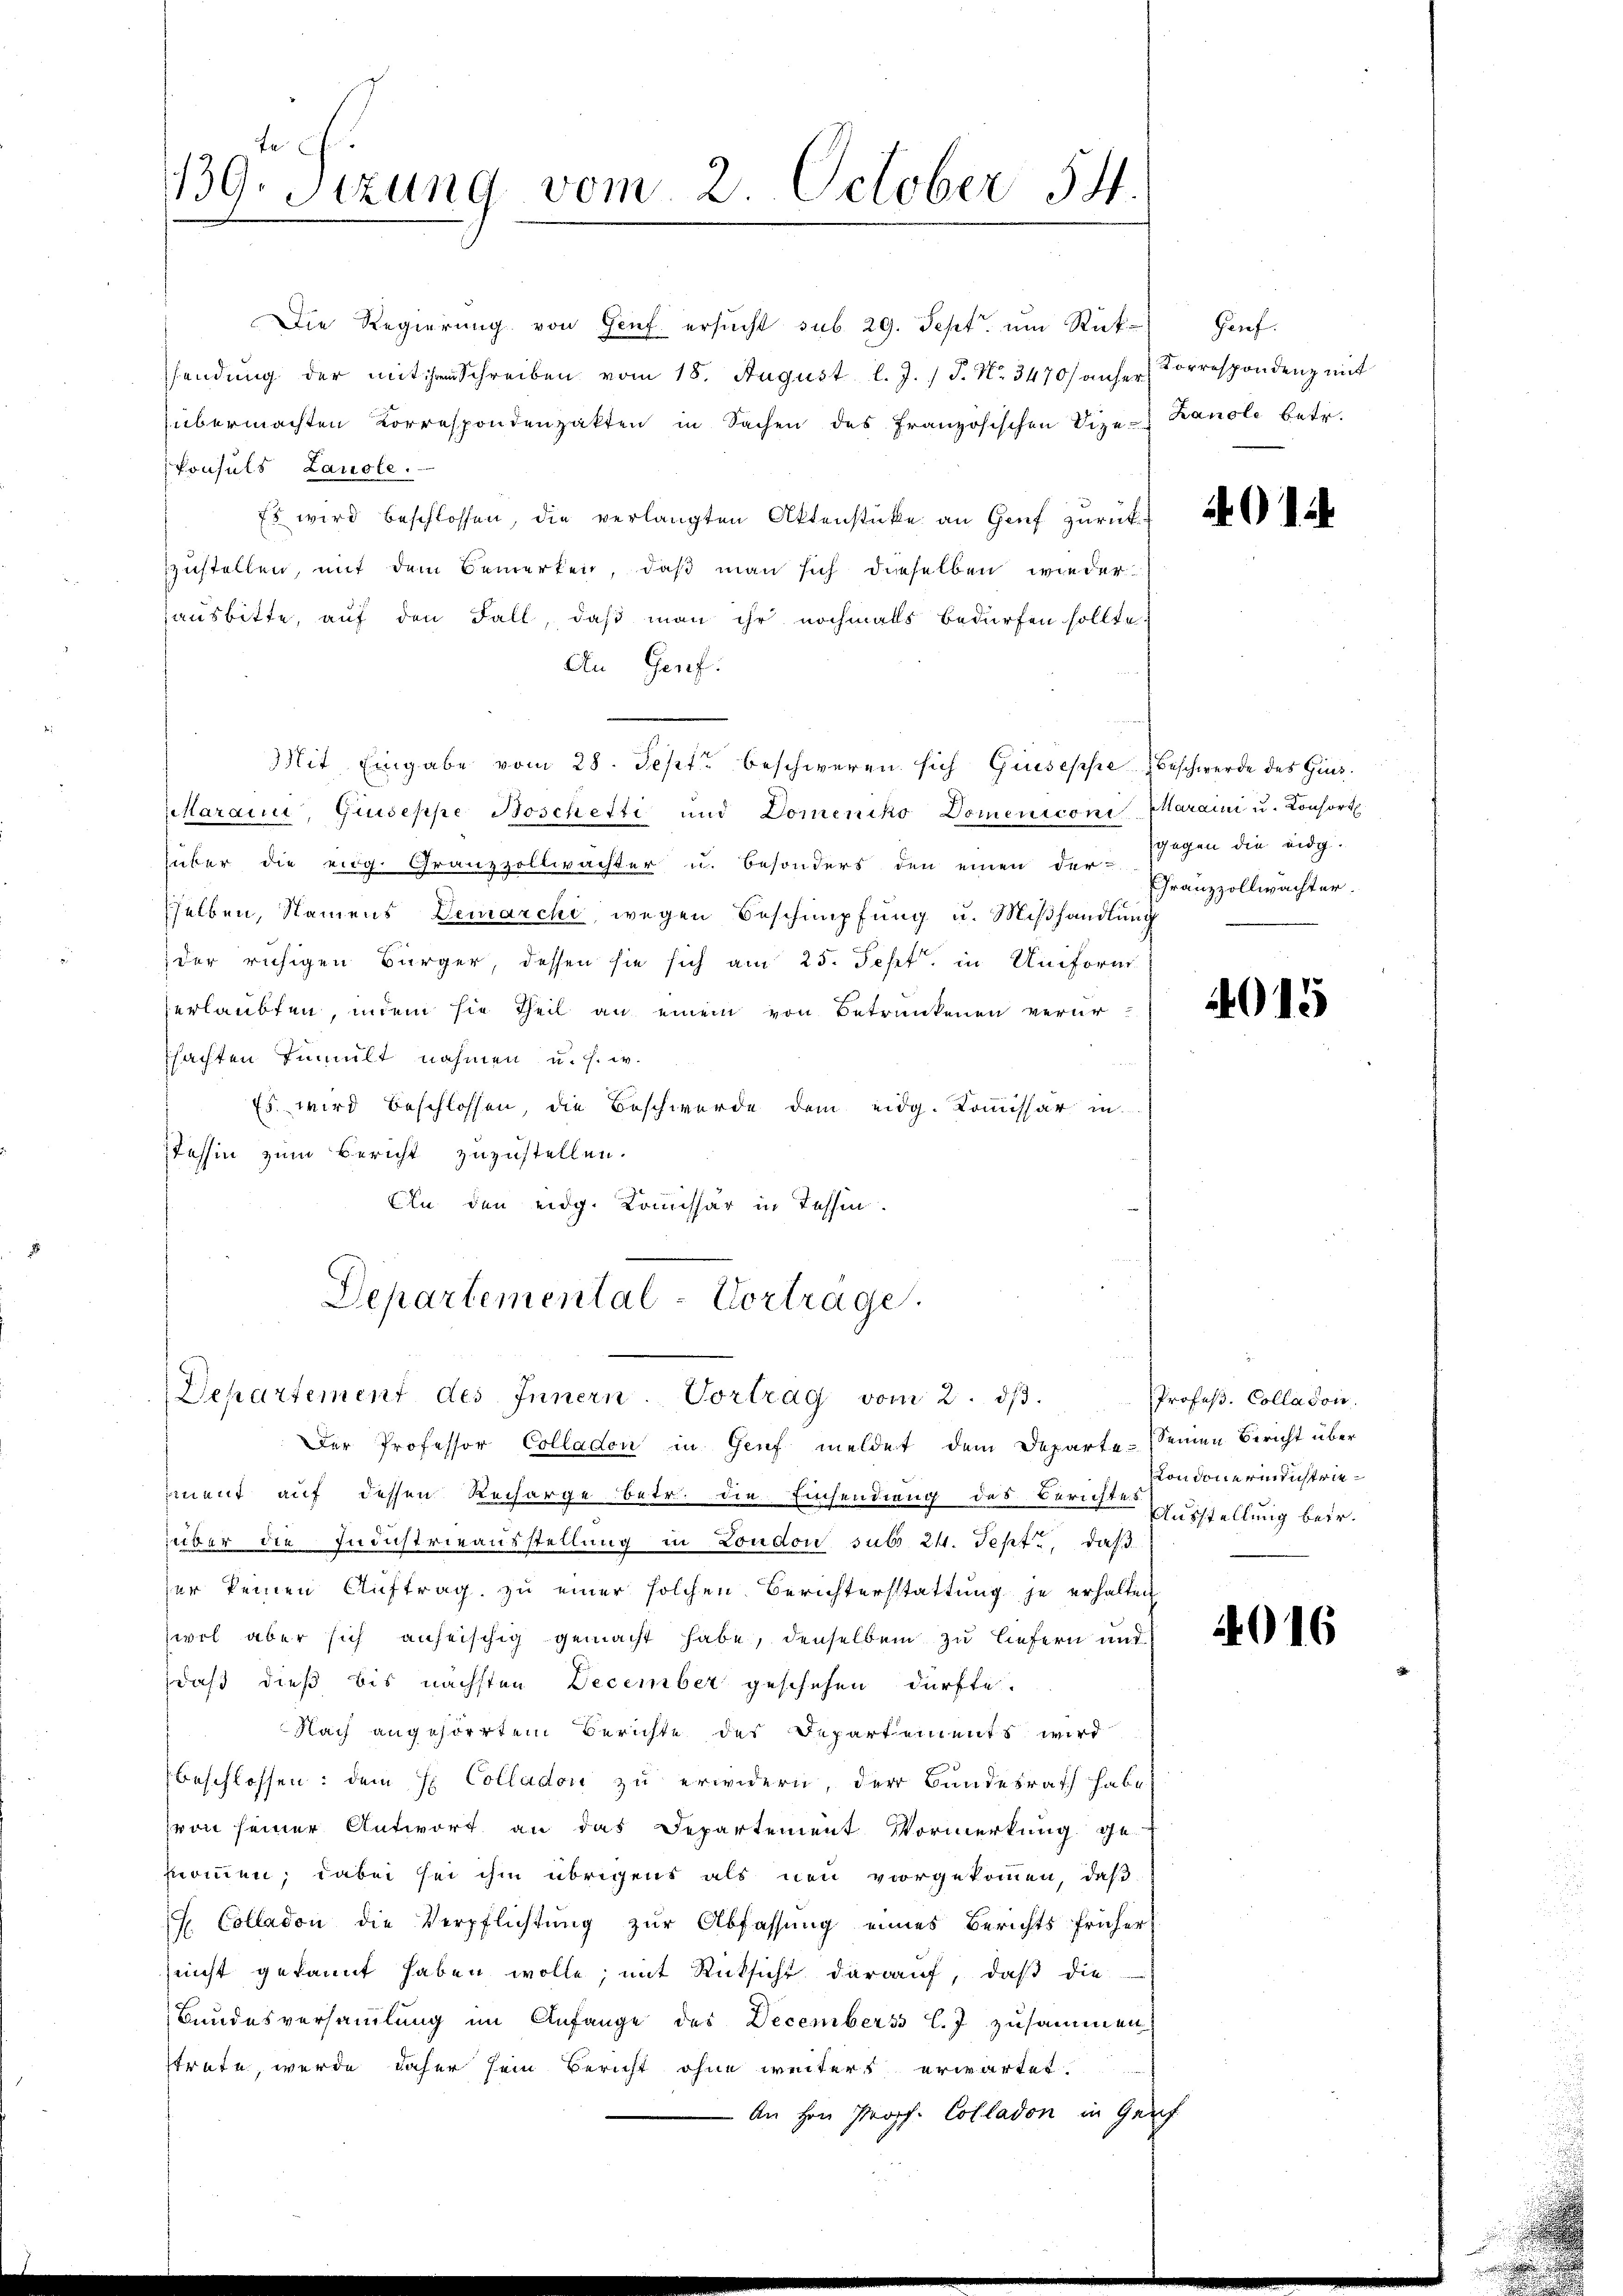
139. Sizung vom 2. October 54.

Die Regierung von Genf ersŭcht sub 29. Sept. um Rück- Genf.
sendung der mit Schreiben vom 18. August l. J. / P. Nr. 3470/ anher Korrespondenz mit
(übermachten Korrespondenzakten in Sachen des französischen Vize-Kanole betr.
konsuls Landle.
Es wird beschlossen, die verlangten Aktenstücke an Genf zurückzzustellen, mit dem Bemerken, daß man sich dieselben wieder
hausbitte, auf den Fall, daß man ihr nochmalls bedürfen sollte.
An Genf.
Mit Eingabe vom 28. Sept beschweren sich Giuseppe Beschwerde des Ginstarau, Giuseppe Boschetti und Domeniko Domeniconi Karaini u. Consort.
über die eidg. Granzzollwachter u. besonders den einen der-
sselben, Namens Demarchi, wegen Beschnüpfung u. Miβhandlŭng
der ruhigen Bürger, dessen sie sich am 25. Sept. in Uniform
erlaubten, unein sie Theil an einem von Betrunkenen verur-
chachten Tumult nahmen u. s. w.
Es wird beschlossen, die Beschwerde dem eidg. Kommissär in
Tessin zum Bericht zuzustellen.
Ein den eidg. Kommissär in Tessin.

Departemental-Vortrage.
Departement des Innern. Vortrag vom 2. dβ.

Der Professor Colladen in Genf meldet dem Departe seinen Bericht über
ment auf dessen Recharge betr. die Einsendung des Berichten Ausstellung beir.
über die Industrieausstellung in London sub. 24. Sept., daß
ser keinen Auftrag zu einer solchen Berichterstattung je erhalten
sevel aber sich anheischig gemacht habe, denselben zu liefern und
daß dieß bis nächsten December geschehen dürfte.
Nach angehörrten Berichte des Departements wird
beschlossen: dem H Colladoni zu erwidern, der Bundesrath habe,
von seiner Antwort an das Departement Vormerkung genommen; dabei sei ihm übrigens als neu vorgekommen, daß
s. Colladon die Verpflichtung zur Abfassung eines Berichts früher
nicht gekannt haben wolle, mit Rücksicht darauf, daß die
Bundesversammlung im Anfange des Decembers l. J. zusammen
strate, wurde daher sein Bericht ohne weiters erwartet.
- An Hrn. Propf. Colladon in Genf

4014.

gegen die eidg.
Ffranzzollwachter.

4015

Profeß. Colladon.
ondonerindustrie¬

4016